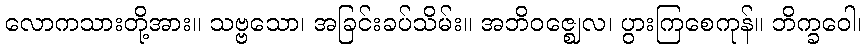
လောကသားတို့အား။ သဗ္ဗသော၊ အခြင်းခပ်သိမ်း။ အဘိဝဇ္ဈေလ၊ ပွားကြစေကုန်။ ဘိက္ခဝေါ၊